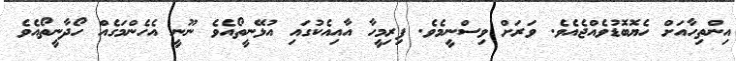
އިންތިހާއަށް ހެޔޮބޮޑުވެއްޖެއެވެ. ވަރަށް ވިސްނީމެވެ. ފިރިމީހާ އާއިއެކުގައި އުޅޭނީތޯއެވެ ނޫނީ އެހެންމަގެއް ހޯދާނީތޯއެވެ